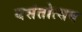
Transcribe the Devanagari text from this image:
बसंतोत्सव